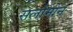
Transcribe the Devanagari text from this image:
सलोमोन